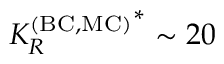
{ K _ { R } ^ { \mathrm { ( B C , M C ) } } } ^ { * } \sim 2 0